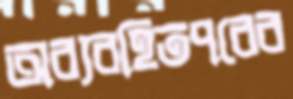
অব্যবহিতপরের